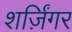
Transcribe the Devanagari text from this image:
शर्ज़िंगर